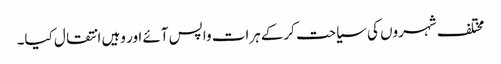
مختلف شہروں کی سیاحت کرکے ہرات واپس آئے اور وہیں انتقال کیا۔